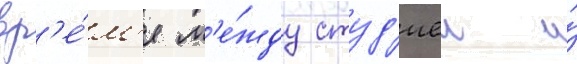
вр'е́м'я м'е́жду студ'иеи и́